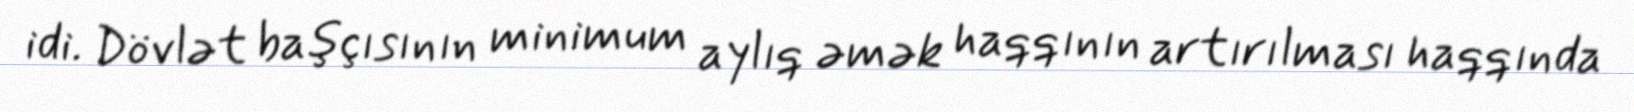
idi. Dövlət başçısının minimum aylıq əmək haqqının artırılması haqqında